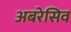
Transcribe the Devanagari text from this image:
अबरेसिव